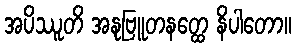
အပိဿူတိ အနုဗြူတနတ္ထေ နိပါတော။